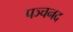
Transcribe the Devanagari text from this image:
पञ्चनद